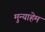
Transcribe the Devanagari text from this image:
मुन्याहेम